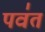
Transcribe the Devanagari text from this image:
पव॑त